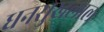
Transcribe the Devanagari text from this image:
धनसुखलाल